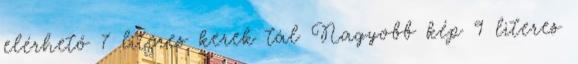
elérhető 7 literes kerek tál Nagyobb kép 9 literes